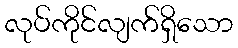
လုပ်ကိုင်လျက်ရှိသော